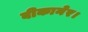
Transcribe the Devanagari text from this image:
बीकानेर।